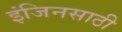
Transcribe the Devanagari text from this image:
इंजिनसाठी